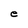
Character: e